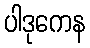
ပါဒုကေန